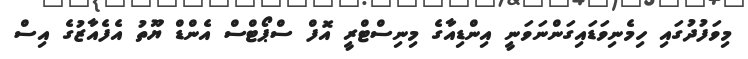
މިވަފުދުގައި ހިމެނިވަޑައިގަންނަވަނީ އިންޑިއާގެ މިނިސްޓްރީ އޮފް ސްޕޯޓްސް އެންޑް ޔޫތު އެފެއާޒުގެ އިސް